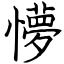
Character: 懜